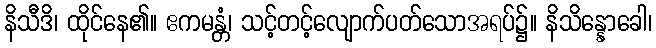
နိသီဒိ၊ ထိုင်နေ၏။ ဧကမန္တံ၊ သင့်တင့်လျောက်ပတ်သောအရပ်၌။ နိသိန္နောခေါ၊